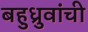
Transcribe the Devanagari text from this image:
बहुध्रुवांची